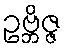
ဥဗ္ဘိဇ္ဇ